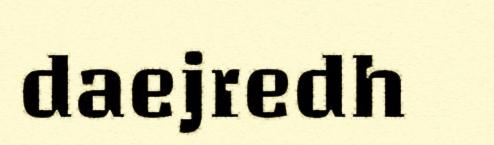
daejredh